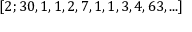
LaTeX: [ 2 ; 3 0 , 1 , 1 , 2 , 7 , 1 , 1 , 3 , 4 , 6 3 , . . . ]